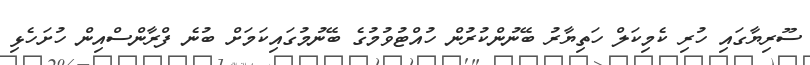
ސޫރިޔާގައި ހުރި ކެމިކަލް ހަތިޔާރު ބޭނުންކުރުން ހުއްޓުވުމުގެ ބޭނުމުގައިކަމަށް ބުނެ ފްރާންސްއިން ހުށަހެޅި